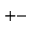
+ -